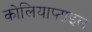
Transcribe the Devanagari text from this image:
कोलियाप्टाइल